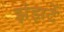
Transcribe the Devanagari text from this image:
झंझटें